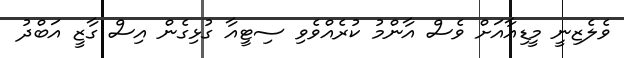
ވެލެޒިނީ މީޑިއާއަށް ވެސް އާންމު ކުރެއްވެވި ސިޓީއާ ގުޅިގެން އިސް ގާޒީ އަބްދު